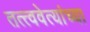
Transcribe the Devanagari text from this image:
तत्त्ववेत्यांच्या